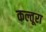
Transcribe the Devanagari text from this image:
कल्तूरा